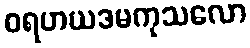
ဝရဟယဒမကုသလော